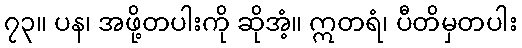
၇၃။ ပန၊ အဖို့တပါးကို ဆိုအံ့။ ဣတရံ၊ ပီတိမှတပါး